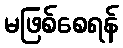
မဖြစ်စေရန်